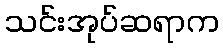
သင်းအုပ်ဆရာက